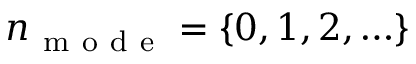
n _ { \mathrm { ~ m ~ o ~ d ~ e ~ } } = \{ 0 , 1 , 2 , \ldots \}